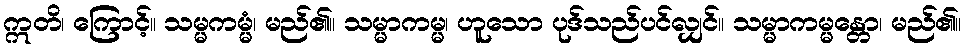
ဣတိ၊ ကြောင့်။ သမ္မကမ္မံ၊ မည်၏။ သမ္မာကမ္မ၊ ဟူသော ပုဒ်သည်ပင်လျှင်။ သမ္မာကမ္မန္တော၊ မည်၏။